Report of the Hyderabad Chloroform Commission
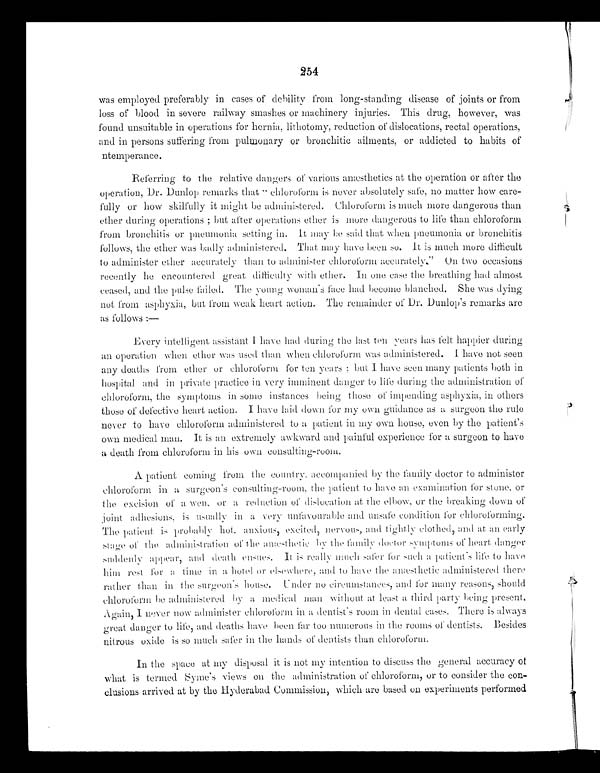
254
was employed preferably in cases of debility from long-standing disease of joints or from
loss of blood in severe railway smashes or machinery injuries. This drug, however, was
found unsuitable in operations for hernia, lithotomy, reduction of dislocations, rectal operations,
and in persons suffering from pulmonary or bronchitic ailments, or addicted to habits of
ntemperance.
Referring to the relative dangers of various anæsthetics at the operation or after the
operation, Dr. Dunlop remarks that "chloroform is never absolutely safe, no matter how care-
-fully or how skilfully it might be administered. Chloroform is much more dangerous than
ether during operations; but after operations ether is more dangerous to life than chloroform
from bronchitis or pneumonia setting in. It may be said that when pneumonia or bronchitis
follows, the ether was badly administered. That may have been so. It is much more difficult
to administer ether accurately than to administer chloroform accurately." On two occasions
recently he encountered great difficulty with ether. In one case the breathing had almost
ceased, and the pulse failed. The young woman's face had become blanched. She was dying
not from asphyxia, but from weak heart action. The remainder of Dr. Dunlop's remarks are
as follows:—
Every i nt el l i gent assi st ant I have had duri ng t he l ast t en years has fel t happi er duri ng
an operation when ether was used than when chloroform was administered. I have not seen
any deaths from ether or chloroform for ten years; but I have seen many patients both in
hospital and in private practice in very imminent danger to life during the administration of
chloroform, the symptoms in some instances being those of impending asphyxia, in others
those of defective heart action. I have laid down for my own guidance as a surgeon the rule
never to have chloroform administered to a patient in my own house, even by the patient's
own medical man. It is an extremely awkward and painful experience for a surgeon to have
a death from chloroform in his own consulting-room.
A patient coming from the country, accompanied by the family doctor to administer
chloroform in a surgeon' s consulting-room, the patient to have an examination for stone, o r
the excision of a wen, or a reduction of dislocation at the elbows, or the breaking down of
joint adhesions, is usually in a very unfavourable and unsafe condition for chloroforming.
The patient is probably hot, anxious, excited, nervous, and tightly clothed, and at an early
stage of the administration of the anæsthetic by the family doctors symptoms of heart, danger
suddenly appear, and death ensues. It is really much safer for such a patient's life to have
him rest for time in a hotel or elsewhere, and to have the anæsthetic administered there
rather than in the surgeon's house. Under no circumstances, and for many reasons, should
chloroform be administered by a medical man without at least a third party being present.
Again, I never now administer chloroform in a dentist's room in dental cases. There is always
great danger to life, and deaths have been far too numerous in the rooms of dentists. Besides
nitrous oxide is so much safer in the hands of dentists than chloroform.
In the space at my disposal it is not my intention to discuss the general accuracy of
what is termed Syme's views on the administration of chloroform, or to consider the con-
- c l u s i o n s a r r i v e d a t b y t h e H y d e r a b a d C o m m i s s i o n , w h i c h a r e b a s e d o n e x p e r i m e n t s p e r f o r m e d